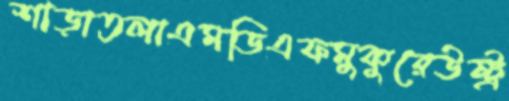
শাড়াতলাএমডিএফমুকুরেউষ্ট্র